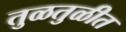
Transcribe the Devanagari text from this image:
तुळतुळीत